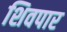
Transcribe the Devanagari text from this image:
शिवपार